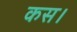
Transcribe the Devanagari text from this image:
कस।